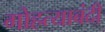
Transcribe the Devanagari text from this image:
गोहत्याबंदी